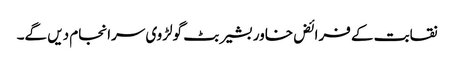
نقابت کے فرائض خاور بشیر بٹ گولڑوی سرانجام دیں گے۔